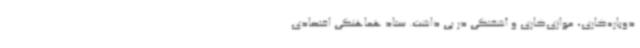
دوباره‌کاری، موازی‌کاری و آشفتگی در پی داشت. ستاد هماهنگی اقتصادی